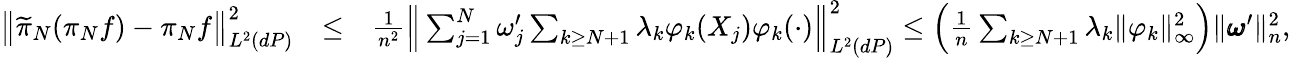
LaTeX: \begin{array}{rlr}{\big\| \widetilde\pi_{N}(\pi_{N}f)-\pi_{N}f\big\| _{L^{2}(dP)}^{2}}&{\leq}&{\frac{1}{n^{2}}\Big\| \sum_{j=1}^{N}\omega_{j}^{\prime}\sum_{k\geq N+1}\lambda_{k}\varphi_{k}(X_{j})\varphi_{k}(\cdot)\Big\| _{L^{2}(dP)}^{2}\leq\Big(\frac{1}{n}\sum_{k\geq N+1}\lambda_{k}\| \varphi_{k}\| _{\infty}^{2}\Big)\| \pmb\omega^{\prime}\| _{n}^{2},}\end{array}